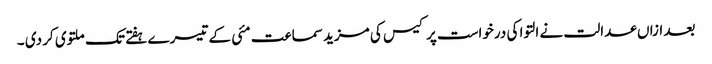
بعد ازاں عدالت نے التوا کی درخواست پر کیس کی مزید سماعت مئی کے تیسرے ہفتے تک ملتوی کر دی ۔